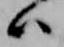
ハ